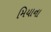
મિયાના